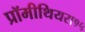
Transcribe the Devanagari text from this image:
प्रॉमीथियस१५